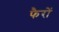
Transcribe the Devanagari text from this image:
फैरों